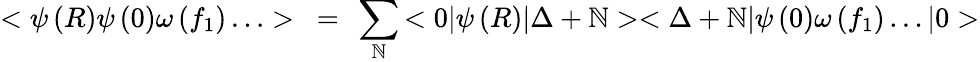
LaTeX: <\psi\left(R\right)\psi\left(0\right)\omega\left(f_{1}\right)\ldots>~=~\sum_{\mathbb{N}}{<0|\psi\left(R\right)|\Delta+\mathbb{N}><\Delta+\mathbb{N}|\psi\left(0\right)\omega\left(f_{1}\right)\ldots|0>}